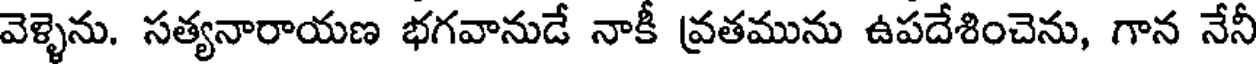
వెళ్ళెను. సత్యనారాయణ భగవానుడే నాకీ వ్రతమును ఉపదేశించెను, గాన నేనీ